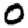
Digit: 0